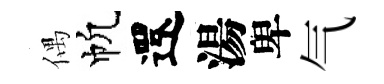
偶帆還湯卑气